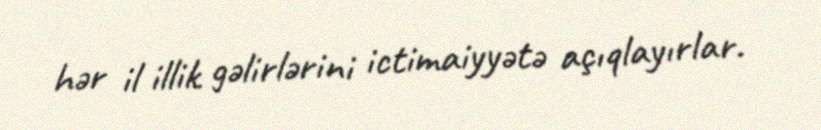
hər il illik gəlirlərini ictimaiyyətə açıqlayırlar.